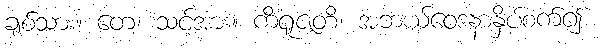
ချစ်သား။ တေ၊ သင့်အား။ ကိံရူဇတိ၊ အဘယ်ဝေဒနာနှိပ်စက်၍